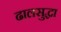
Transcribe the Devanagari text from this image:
ढालसुद्धा